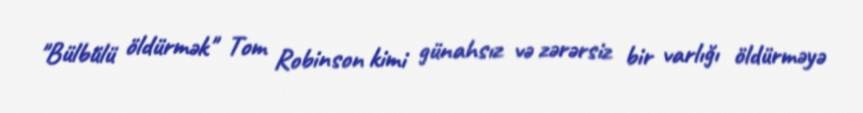
"Bülbülü öldürmək" Tom Robinson kimi günahsız və zərərsiz bir varlığı öldürməyə